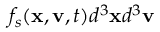
f _ { s } ( \mathbf { x } , \mathbf { v } , t ) d ^ { 3 } \mathbf { x } d ^ { 3 } \mathbf { v }